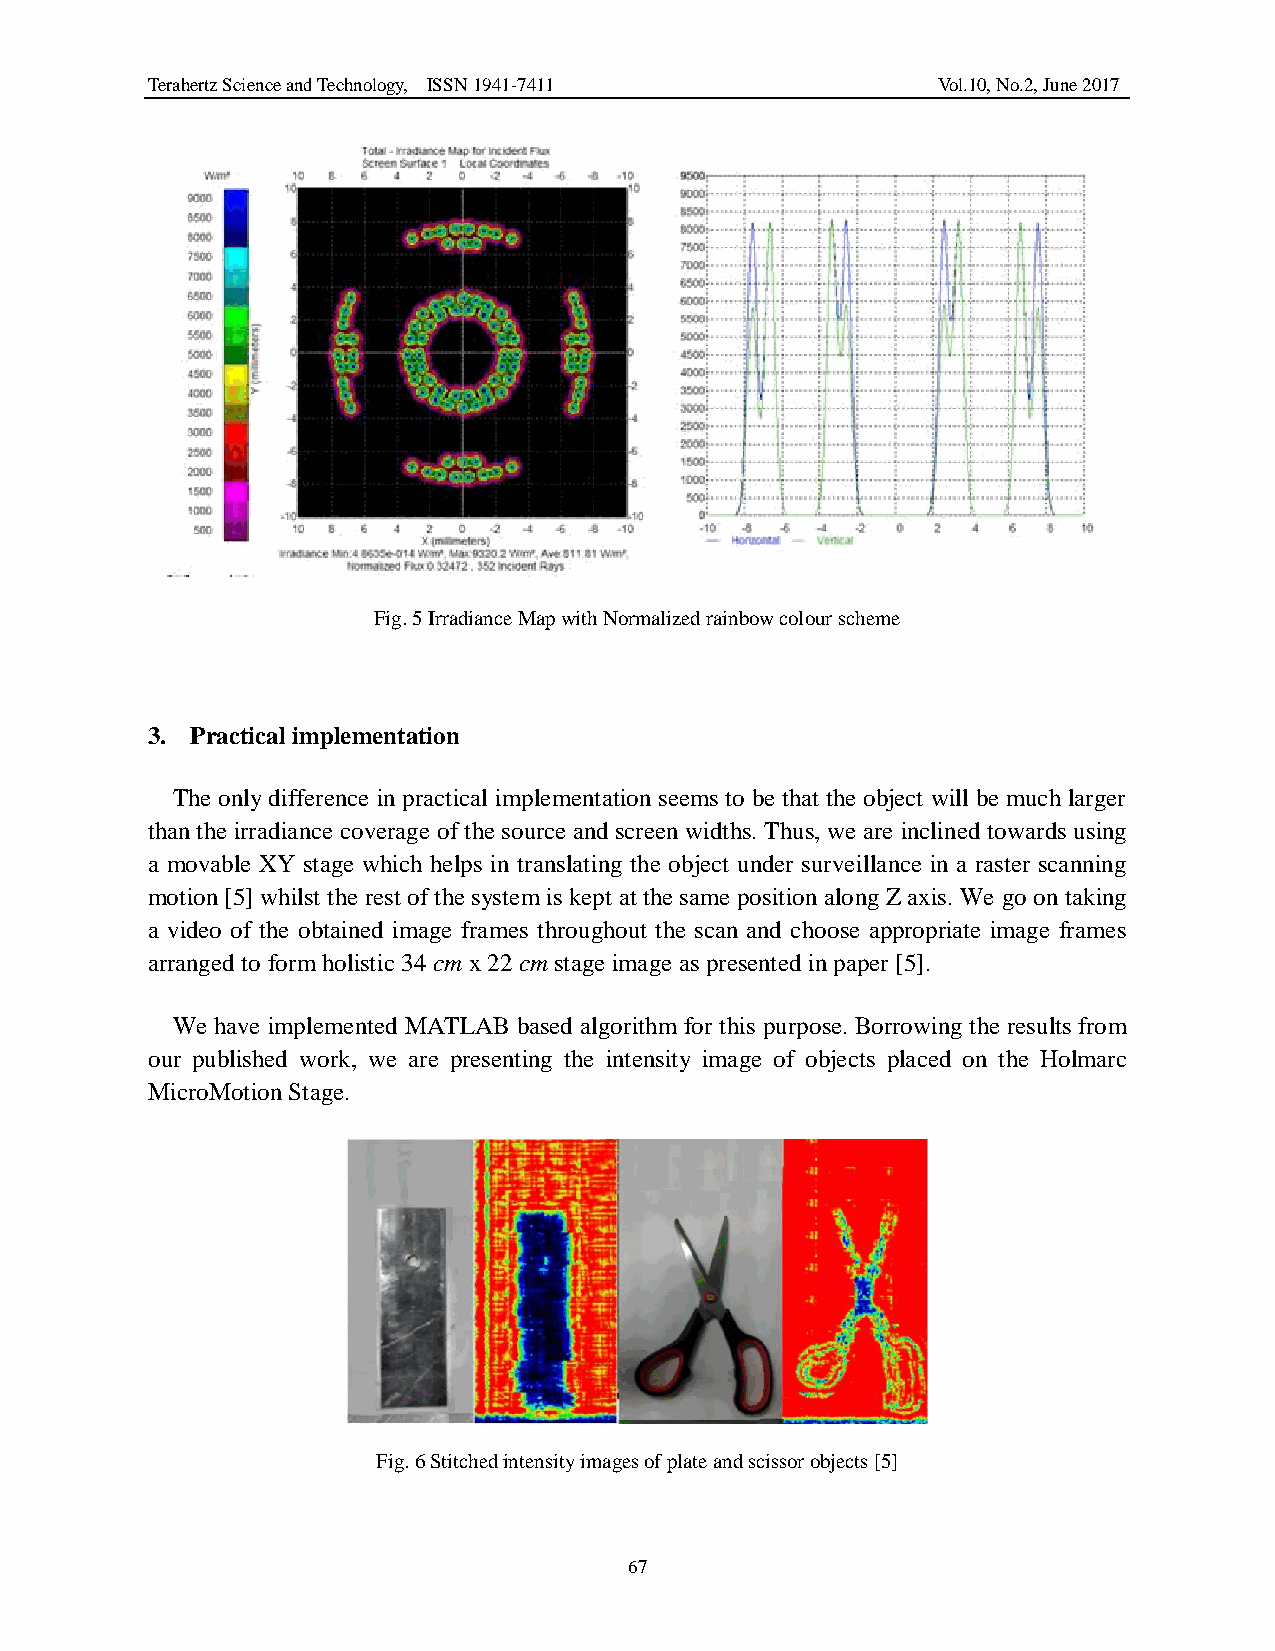
Terahertz Science and Technology, ISSN 1941-7411    Vol.10, No.2, June 2017
 Fig. 5 Irradiance Map with Normalized rainbow colour scheme
 3. Practical implementation
 The only difference in practical implementation seems to be that the object will be much larger
 than the irradiance coverage of the source and screen widths. Thus, we are inclined towards using
 a movable XY stage which helps in translating the object under surveillance in a raster scanning
 motion [5] whilst the rest of the system is kept at the same position along Z axis. We go on taking
 a video of the obtained image frames throughout the scan and choose appropriate image frames
 arranged to form holistic 34 cm x 22 cm stage image as presented in paper [5].
 We have implemented MATLAB based algorithm for this purpose. Borrowing the results from
 our published work, we are presenting the intensity image of objects placed on the Holmarc
 MicroMotion Stage.
 Fig. 6 Stitched intensity images of plate and scissor objects [5]
 67